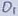
Text: D1